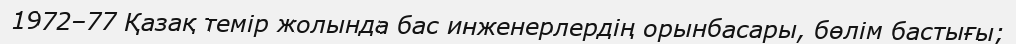
1972–77 Қазақ темір жолында бас инженерлердің орынбасары, бөлім бастығы;